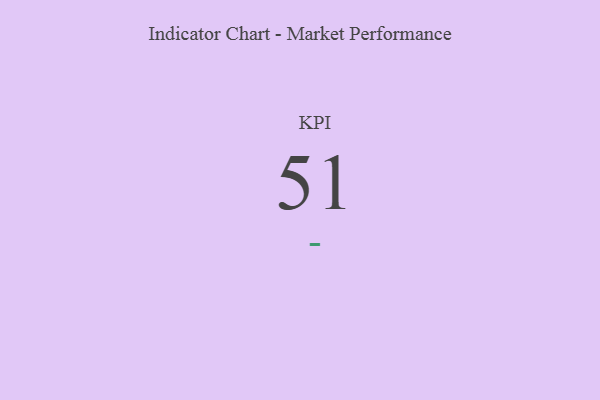
{"axis": {"x": "KPI", "y": "Value"}, "legend": [""], "data": [{"x": "KPI", "y": 51, "type": ""}]}